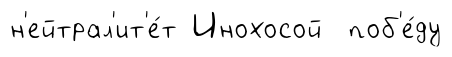
н'ейтрал'ит'е́т Инохосой поб'е́ду